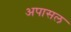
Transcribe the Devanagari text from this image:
अपासल